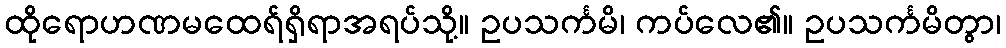
ထိုရောဟဏမထေရ်ရှိရာအရပ်သို့။ ဥပသင်္ကမိ၊ ကပ်လေ၏။ ဥပသင်္ကမိတွာ၊